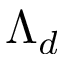
\Lambda _ { d }